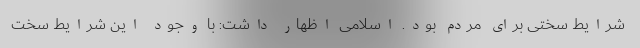
شرایط سختی برای مردم بود. اسلامی اظهار داشت: با وجود این شرایط سخت